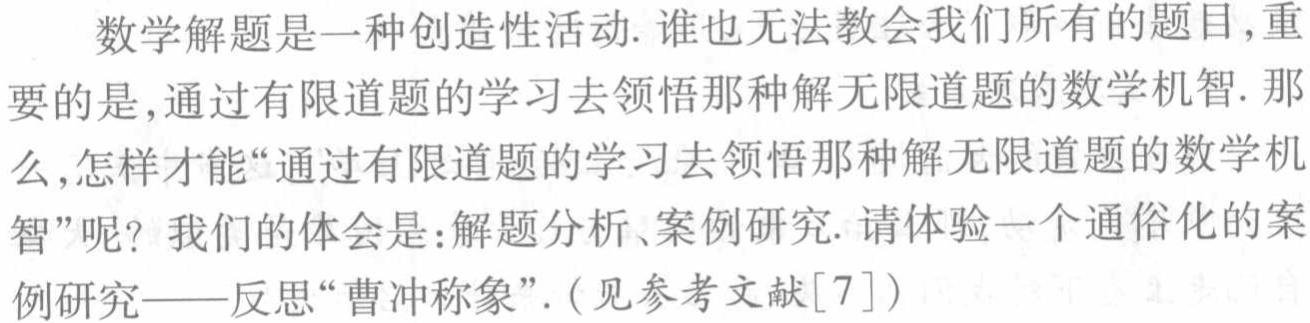
数学解题是一种创造性活动. 谁也无法教会我们所有的题目,重要的是,通过有限道题的学习去领悟那种解无限道题的数学机智. 那么,怎样才能“通过有限道题的学习去领悟那种解无限道题的数学机智”呢？我们的体会是:解题分析、案例研究. 请体验一个通俗化的案例研究——反思“曹冲称象”.（见参考文献[7]）